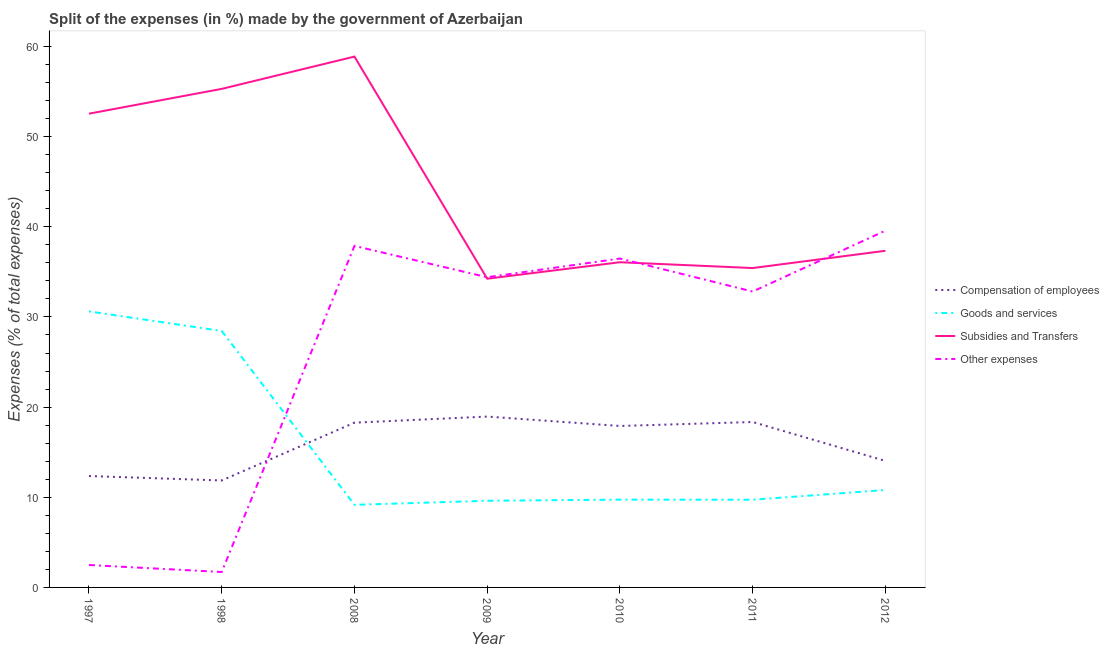
| Year | Compensation of employees | Goods and services | Subsidies and Transfers | Other expenses |
 | --- | --- | --- | --- | --- |
 | 1997 | 12.4 | 30.6 | 52.5 | 2.49 |
 | 1998 | 11.9 | 28.4 | 55.3 | 1.71 |
 | 2008 | 18.3 | 9.16 | 58.9 | 37.9 |
 | 2009 | 19 | 9.61 | 34.2 | 34.4 |
 | 2010 | 17.9 | 9.74 | 36.1 | 36.5 |
 | 2011 | 18.3 | 9.73 | 35.4 | 32.8 |
 | 2012 | 14 | 10.8 | 37.3 | 39.6 |